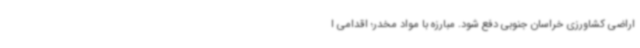
اراضی کشاورزی خراسان جنوبی دفع شود. مبارزه با مواد مخدر؛ اقدامی ا